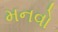
મનવો